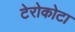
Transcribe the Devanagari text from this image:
टेरोकोटा